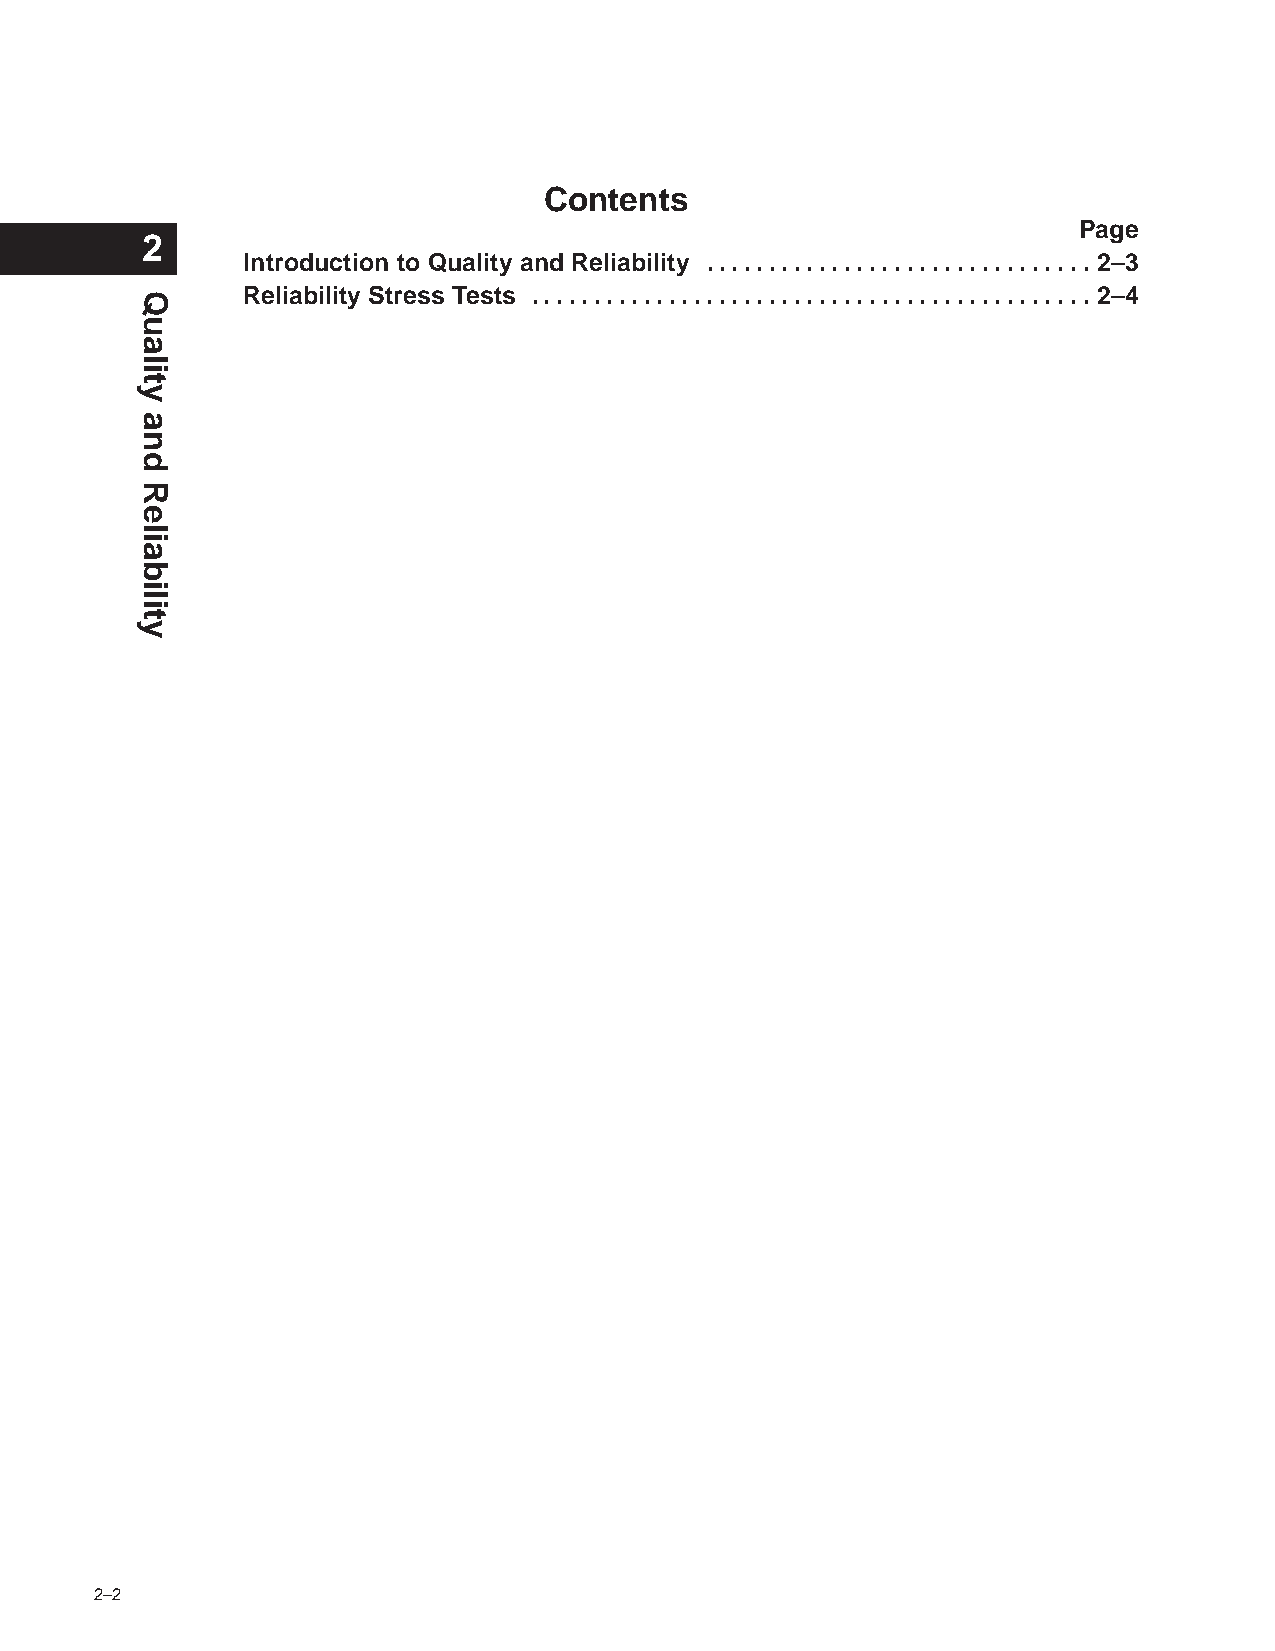
Contents
 Page
 2
 Introduction to Quality and Reliability . . . . . . . . . . . . . . . . . . . . . . . . . . . . . . . 2–3
 Reliability Stress Tests . . . . . . . . . . . . . . . . . . . . . . . . . . . . . . . . . . . . . . . . . . . . . 2–4
 2–2                    POST OFFICE BOX 1443 • HOUSTON, TEXAS 77251–1443
 Quality
 and
 Reliability